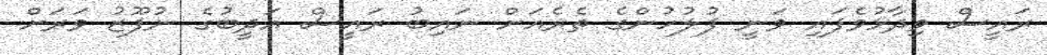
ރައީސް ވިދާޅުވެފައި ވަނީ ފުލުހުންގެ ތެރެއަށް ނައިބު ރައީސް އަދީބުގެ ނުފޫޒު ވަރަށް